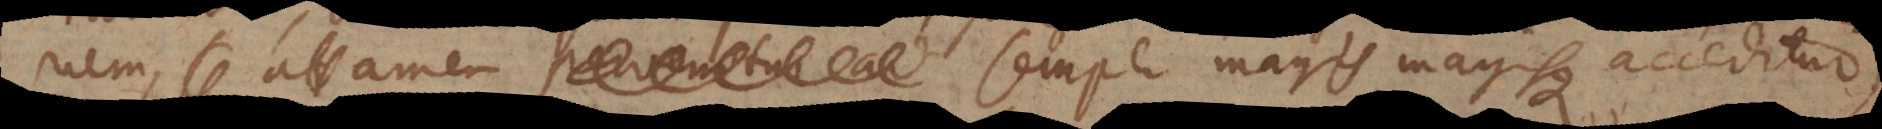
nem, attamen pervenitur ad semper magis magisque acceditur,